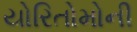
યોરિતોમોની